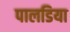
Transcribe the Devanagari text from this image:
पालडिया